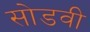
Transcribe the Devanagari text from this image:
सोडवी